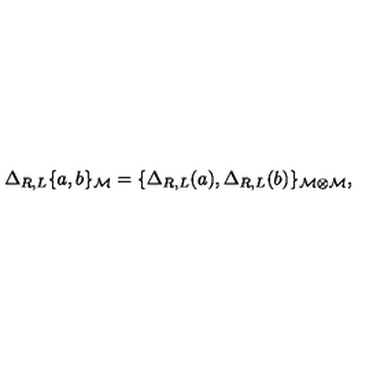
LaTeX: \Delta _ { R , L } \{ a , b \} _ { { \cal M } } = \{ \Delta _ { R , L } ( a ) , \Delta _ { R , L } ( b ) \} _ { { \cal M \otimes } { \cal M } } ,